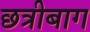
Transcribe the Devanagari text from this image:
छत्रीबाग